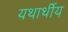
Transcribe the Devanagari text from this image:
यथार्थीय